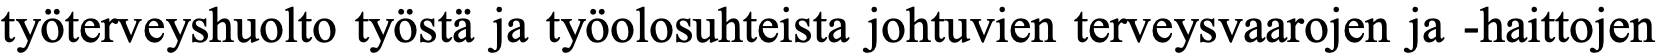
työterveyshuolto työstä ja työolosuhteista johtuvien terveysvaarojen ja -haittojen